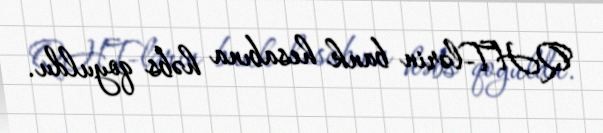
QHT-lərin bank hesabına həbs qoyuldu.